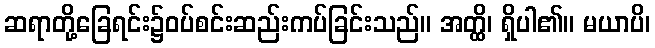
ဆရာတို့ခြေရင်း၌ဝပ်စင်းဆည်းကပ်ခြင်းသည်။ အတ္ထိ၊ ရှိပါ၏။ မယာပိ၊